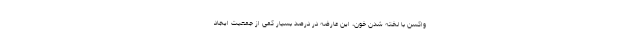
واکسن با لخته شدن خون، این عارضه در درصد بسیار کمی از جمعیت ایجاد